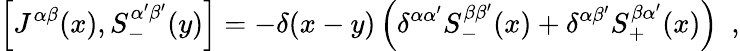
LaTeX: \left[J^{\alpha\beta}(x),S_{-}^{\alpha^{\prime}\beta^{\prime}}(y)\right]=-\delta(x-y)\left(\delta^{\alpha\alpha^{\prime}}S_{-}^{\beta\beta^{\prime}}(x)+\delta^{\alpha\beta^{\prime}}S_{+}^{\beta\alpha^{\prime}}(x)\right)~~,